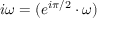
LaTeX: i \omega = ( e ^ { i \pi / 2 } \cdot \omega )